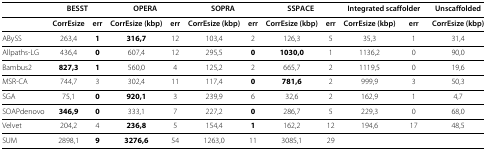
<table><thead><tr><td></td><td colspan="2"><b>BESST</b></td><td colspan="2"><b>OPERA</b></td><td colspan="2"><b>SOPRA</b></td><td colspan="2"><b>SSPACE</b></td><td colspan="2"><b>Integrated scaffolder</b></td><td><b>Unscaffolded</b></td></tr></thead><tbody><tr><td></td><td><b>CorrEsize</b></td><td><b>err</b></td><td><b>CorrEsize (kbp)</b></td><td><b>err</b></td><td><b>CorrEsize (kbp)</b></td><td><b>err</b></td><td><b>CorrEsize (kbp)</b></td><td><b>err</b></td><td><b>CorrEsize (kbp)</b></td><td><b>err</b></td><td><b>CorrEsize (kbp)</b></td></tr><tr><td>ABySS</td><td>263,4</td><td><b>1</b></td><td><b>316,7</b></td><td>12</td><td>103,4</td><td>2</td><td>126,3</td><td>5</td><td>35,3</td><td>1</td><td>31,4</td></tr><tr><td>Allpaths-LG</td><td>436,4</td><td><b>0</b></td><td>607,4</td><td>12</td><td>295,5</td><td><b>0</b></td><td><b>1030,0</b></td><td>1</td><td>1136,2</td><td>0</td><td>90,0</td></tr><tr><td>Bambus2</td><td><b>827,3</b></td><td><b>1</b></td><td>560,0</td><td>4</td><td>125,2</td><td>2</td><td>665,7</td><td>2</td><td>1119,5</td><td>0</td><td>19,6</td></tr><tr><td>MSR-CA</td><td>744,7</td><td>3</td><td>302,4</td><td>11</td><td>117,4</td><td><b>0</b></td><td><b>781,6</b></td><td>2</td><td>999,9</td><td>3</td><td>50,3</td></tr><tr><td>SGA</td><td>75,1</td><td><b>0</b></td><td><b>920,1</b></td><td>3</td><td>239,9</td><td>6</td><td>32,6</td><td>2</td><td>162,9</td><td>1</td><td>4,7</td></tr><tr><td>SOAPdenovo</td><td><b>346,9</b></td><td><b>0</b></td><td>333,1</td><td>7</td><td>227,2</td><td><b>0</b></td><td>286,7</td><td>5</td><td>229,3</td><td>0</td><td>68,0</td></tr><tr><td>Velvet</td><td>204,2</td><td>4</td><td><b>236,8</b></td><td>5</td><td>154,4</td><td><b>1</b></td><td>162,2</td><td>12</td><td>194,6</td><td>17</td><td>48,5</td></tr><tr><td>SUM</td><td>2898,1</td><td><b>9</b></td><td><b>3276,6</b></td><td>54</td><td>1263,0</td><td>11</td><td>3085,1</td><td>29</td><td></td><td></td><td></td></tr></tbody></table>